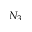
N _ { 3 }